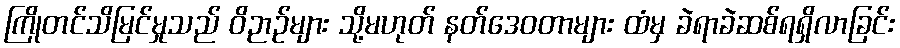
ကြိုတင်သိမြင်မှုသည် ဝိဉာဉ်များ သို့မဟုတ် နတ်ဒေဝတာများ ထံမှ ခဲရာခဲဆစ်ရရှိလာခြင်း